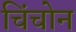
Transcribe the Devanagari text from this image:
चिंचोन